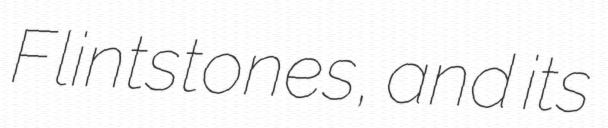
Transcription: Flintstones, and its